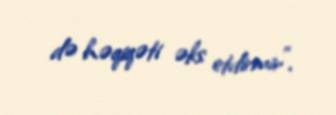
də həqiqəti əks etdirmir".